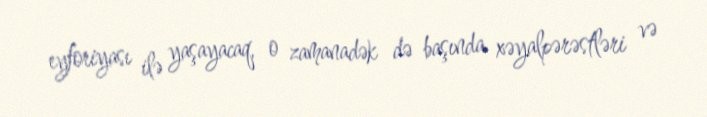
eyforiyası ilə yaşayacaq, o zamanadək də başında xəyalpərəstləri və